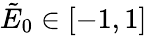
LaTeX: \tilde{E}_{0}\in[-1,1]